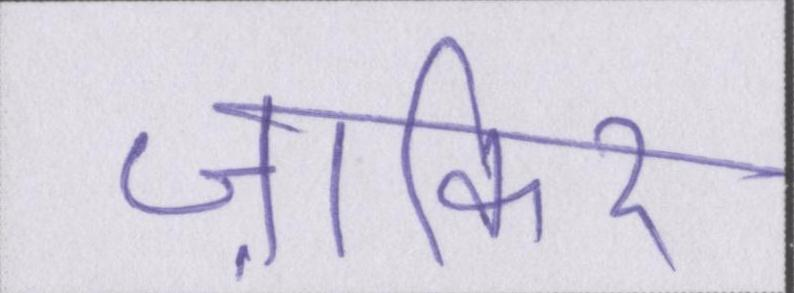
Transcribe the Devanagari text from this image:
ज़ाकिर